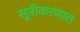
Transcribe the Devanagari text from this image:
सूत्रीकरणात